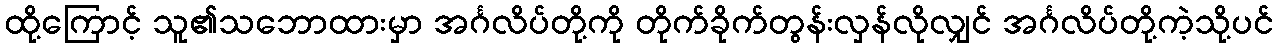
ထို့ကြောင့် သူ၏သဘောထားမှာ အင်္ဂလိပ်တို့ကို တိုက်ခိုက်တွန်းလှန်လိုလျှင် အင်္ဂလိပ်တို့ကဲ့သို့ပင်